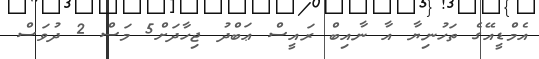
އެމްޑީއޭގެ ތަހުނިޔާ އާ ނާއިބް ރައީސް ޢަބްދު ޖިހާދަށް5 މަސް 2 ދުވަސް